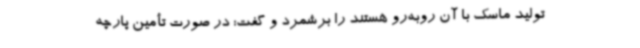
تولید ماسک با آن روبه‌رو هستند را برشمرد و گفت: در صورت تأمین پارچه